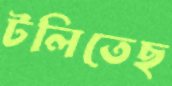
টলিতেছ